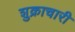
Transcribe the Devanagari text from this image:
शुक्राचारी